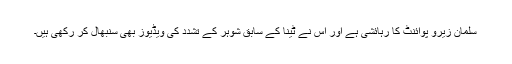
سلمان زیرو پوائنٹ کا رہائشی ہے اور اس نے ٹینا کے سابق شوہر کے تشدد کی ویڈیوز بھی سنبھال کر رکھی ہیں۔